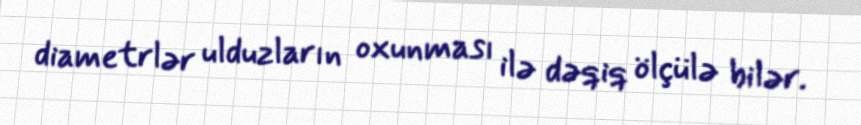
diametrlər ulduzların oxunması ilə dəqiq ölçülə bilər.